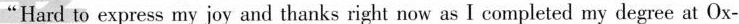
"Hard to express my joy and thanks right now as I completed my degree at Ox-